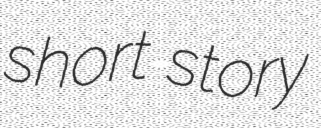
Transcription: short story